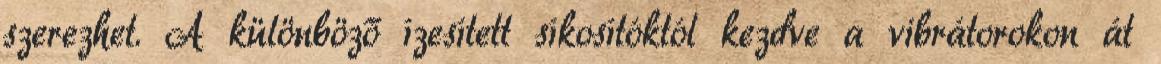
szerezhet. A különböző ízesített síkosítóktól kezdve a vibrátorokon át